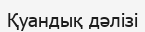
Қуандық дәлізі